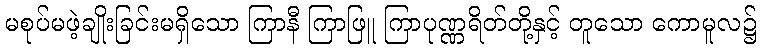
မစုပ်မဖဲ့ချိုးခြင်းမရှိသော ကြာနီ ကြာဖြူ ကြာပုဏ္ဏရိတ်တို့နှင့် တူသော ကောမူလ၌